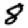
Digit: 8